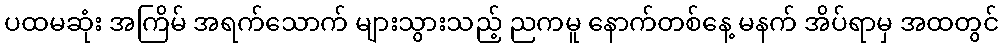
ပထမဆုံး အကြိမ် အရက်သောက် များသွားသည့် ညကမူ နောက်တစ်နေ့ မနက် အိပ်ရာမှ အထတွင်